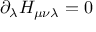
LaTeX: \partial _ { \lambda } H _ { \mu \nu \lambda } = 0